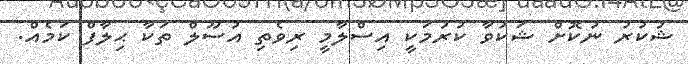
ޝުކުރު ނުކޮށް ޝަކުވާ ކުރުމަކީ އިސްލާމީ ރިވެތި އުސޫލް ތަކާ ޙިލާފް ކަމެއް.